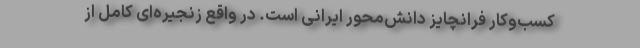
کسب‌وکار فرانچایز ‌دانش‌محور ایرانی است. در واقع زنجیره‌ای کامل از